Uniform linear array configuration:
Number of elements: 64
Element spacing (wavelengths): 0.5
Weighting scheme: cosine
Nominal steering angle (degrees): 45
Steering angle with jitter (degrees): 46.081
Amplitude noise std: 0.05
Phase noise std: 0.05

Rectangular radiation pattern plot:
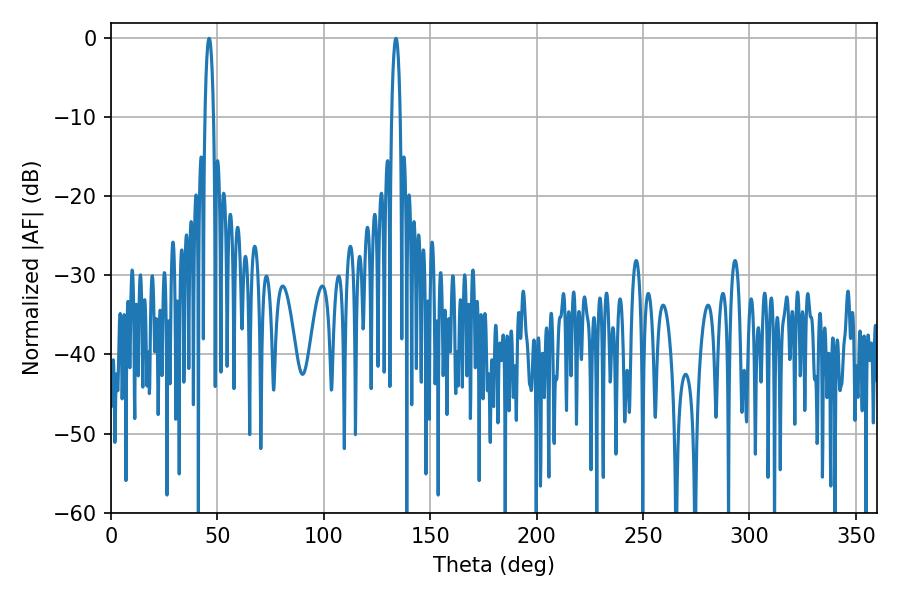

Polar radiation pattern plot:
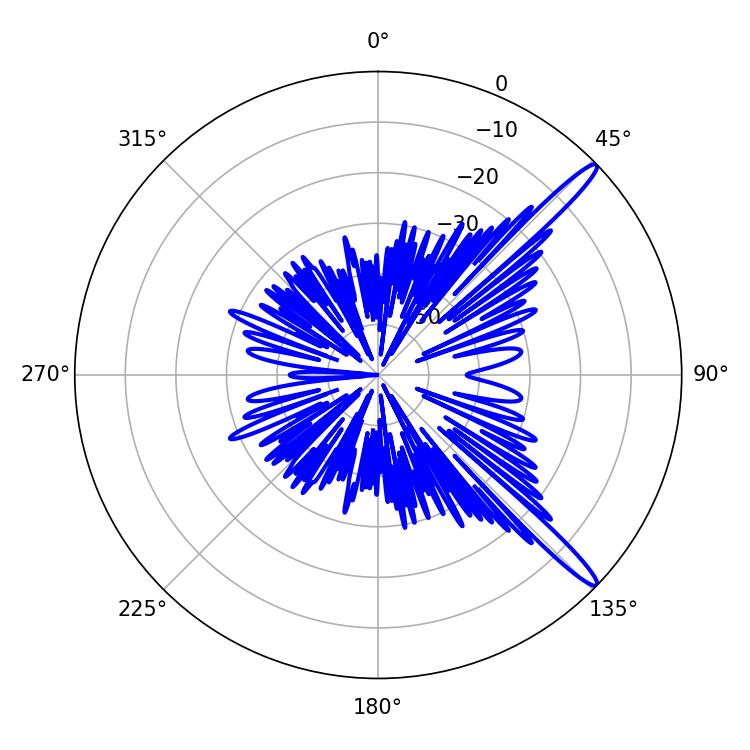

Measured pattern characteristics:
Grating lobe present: FALSE
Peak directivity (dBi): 14.862
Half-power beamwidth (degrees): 2.16
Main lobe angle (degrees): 46.08